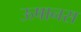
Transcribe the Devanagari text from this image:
ऊषानस